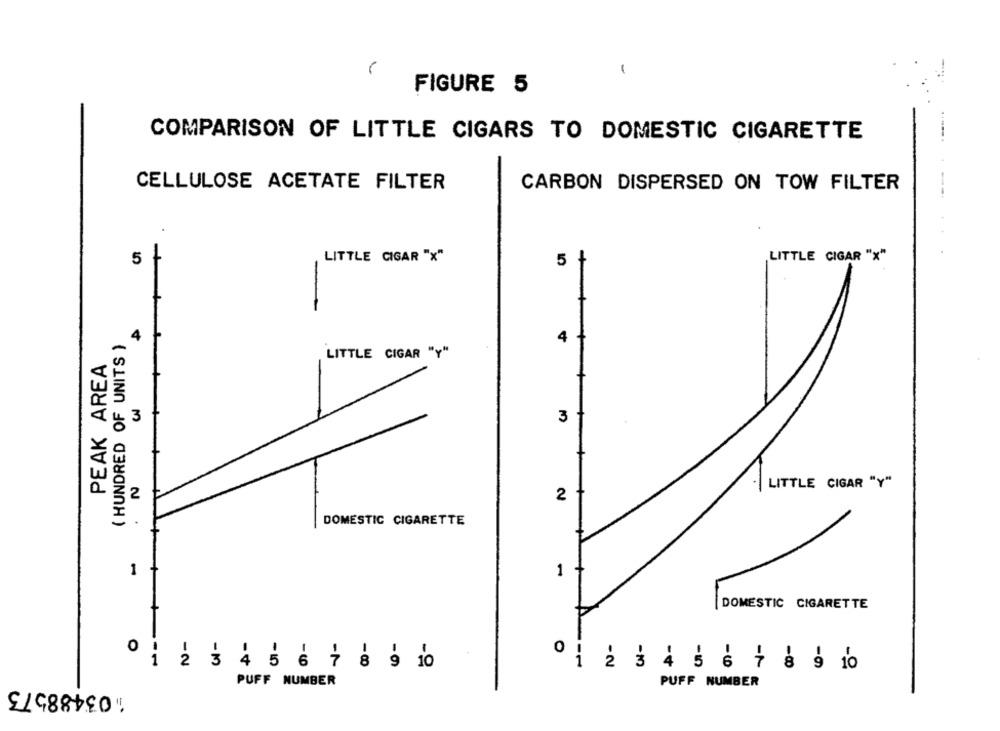
1
FIGURE 5
COMPARISON OF LITTLE CIGARS TO DOMESTIC CIGARETTE
CELLULOSE ACETATE FILTER
CARBON DISPERSED ON TOW FILTER
LITTLE CIGAR "x"
5
LITTLE CIGAR "x"
5
( HUNDRED OF UNITS )
4
4
PEAK AREA
LITTLE CIGAR "Y"
4. 3
3
"|LITTLE CIGAR "Y"
2
DOMESTIC CIGARETTE
1
1
DOMESTIC CIGARETTE
-
-
0 i
-1
-N
-80
2 3 4
103488573
PUFF NUMBER
PUFF NUMBER